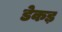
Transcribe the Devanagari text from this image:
डेकड़